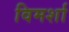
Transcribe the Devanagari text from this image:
विमर्शा